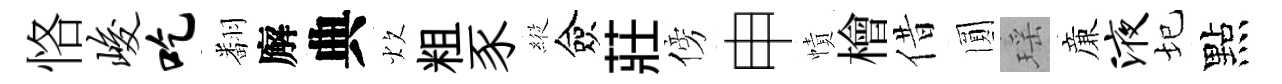
恪峻吃翻廨典炊粗豕𦂵僉莊傍申幘檜借圎瑶亷液圮點